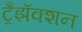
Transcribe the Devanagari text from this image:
ट्रँझॅक्शन